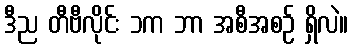
ဒီည တီဗီလိုင်း ၁က ဘာ အစီအစဉ် ရှိလဲ။